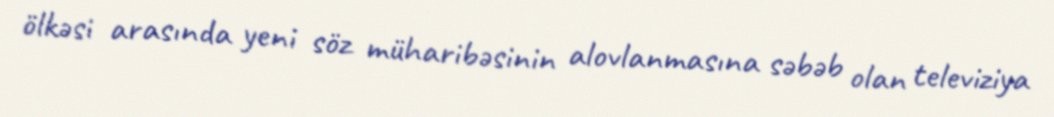
ölkəsi arasında yeni söz müharibəsinin alovlanmasına səbəb olan televiziya